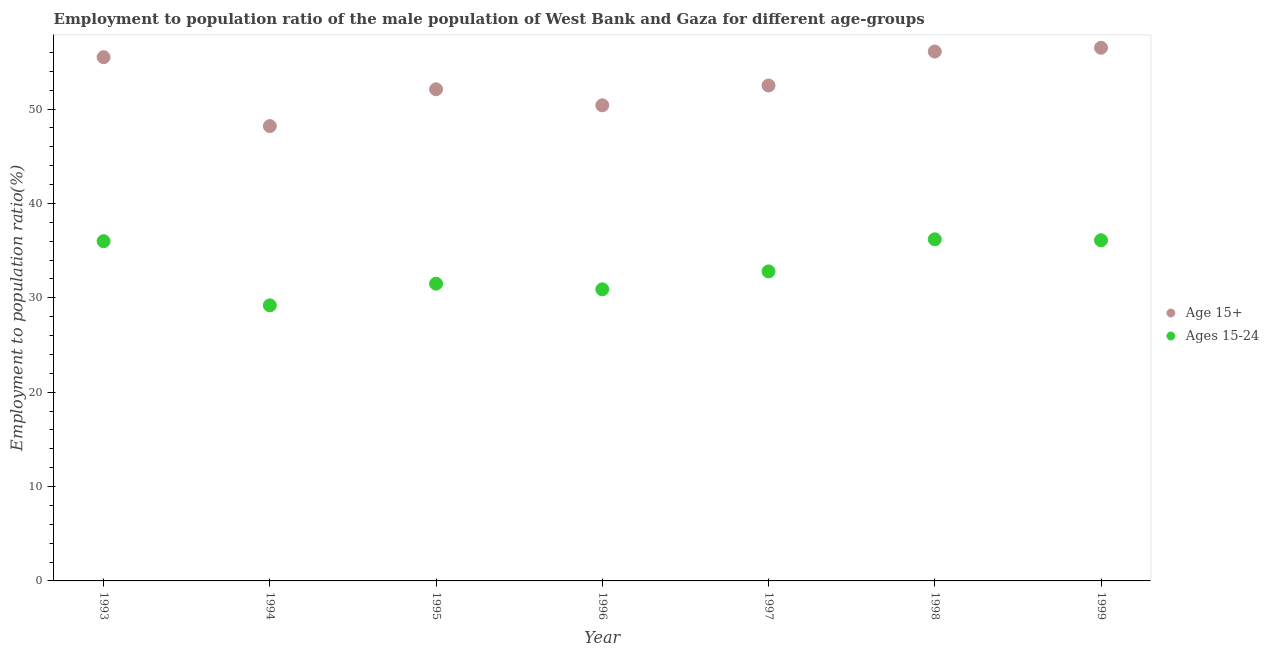
| Year | Age 15+ | Ages 15-24 |
 | --- | --- | --- |
 | 1993 | 55.5 | 36 |
 | 1994 | 48.2 | 29.2 |
 | 1995 | 52.1 | 31.5 |
 | 1996 | 50.4 | 30.9 |
 | 1997 | 52.5 | 32.8 |
 | 1998 | 56.1 | 36.2 |
 | 1999 | 56.5 | 36.1 |